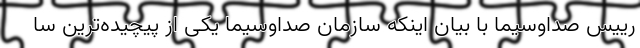
رییس صداوسیما با بیان اینکه سازمان صداوسیما یکی از پیچیده‌ترین سا